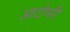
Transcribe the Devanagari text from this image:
आटोप्सी